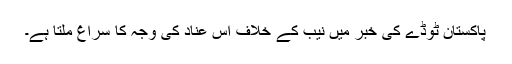
پاکستان ٹوڈے کی خبر میں نیب کے خلاف اس عناد کی وجہ کا سراغ ملتا ہے۔